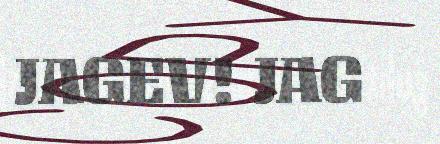
JAGEV! JAG